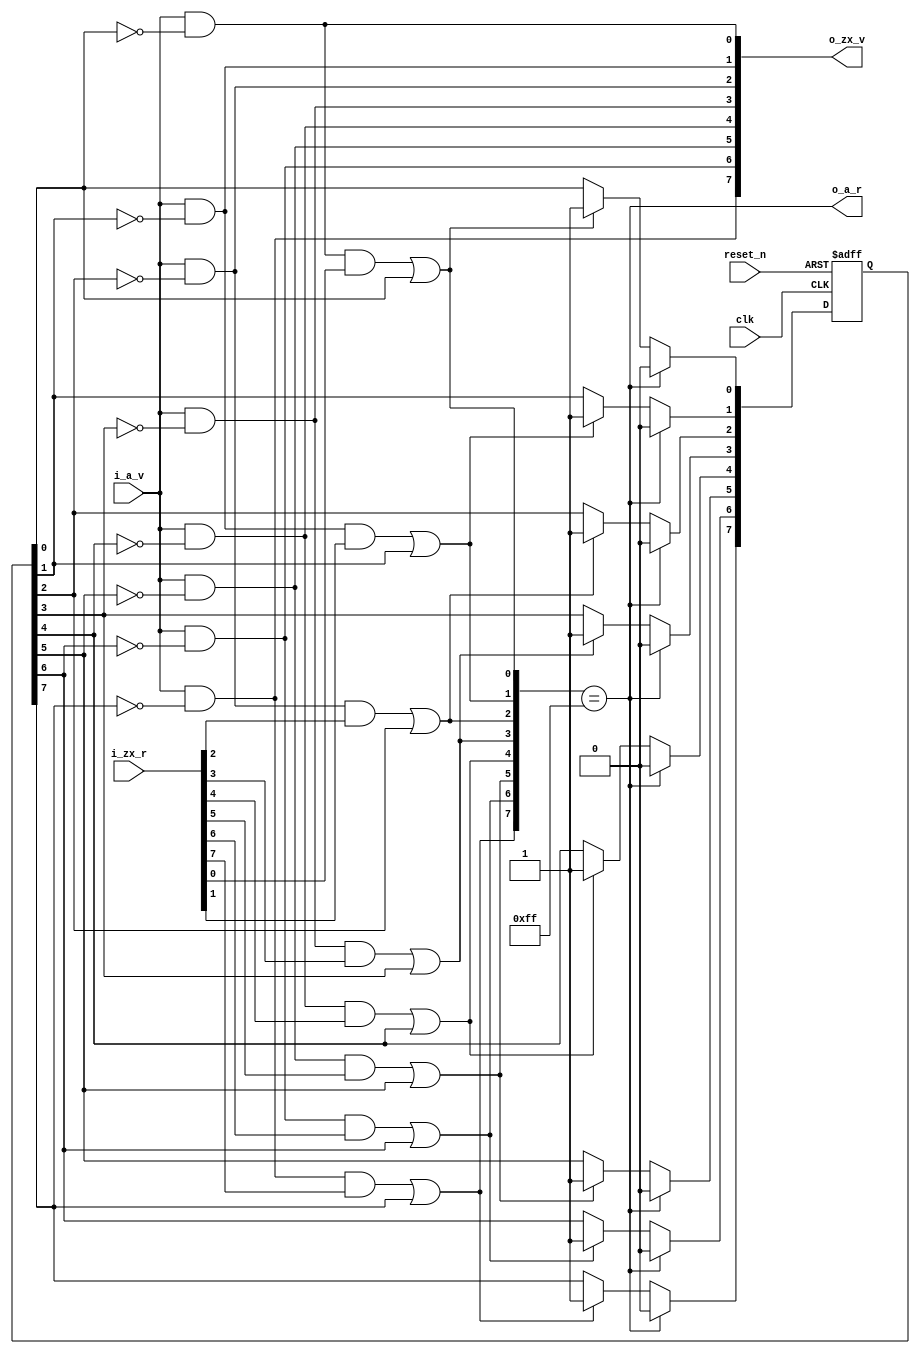
//------------------------------------------------------------------------------
//  http://github.com/gulakim/cory
//  
//------------------------------------------------------------------------------
`ifndef CORY_DIST
    `define CORY_DIST

//------------------------------------------------------------------------------
//  distribute vr only to N vr, no data
//------------------------------------------------------------------------------
module cory_dist #(
    parameter   R   = 8,
    parameter   N   = R
) (
    input           clk,

    input           i_a_v,
    output          o_a_r,

    output  [N-1:0] o_zx_v,
    input   [N-1:0] i_zx_r,

    input           reset_n
);

//------------------------------------------------------------------------------

reg     [N-1:0] op_done_zx_hold;
wire    [N-1:0] op_done_zx;
wire    op_done     = op_done_zx == {N{1'b1}};

genvar i;
generate
    for (i=0; i<N; i=i+1) begin : p_op_done
        assign  op_done_zx[i]   = (o_zx_v[i] & i_zx_r[i]) || op_done_zx_hold[i];
    end
endgenerate

//------------------------------------------------------------------------------
always @(posedge clk or negedge reset_n)
    if (!reset_n) begin : p_init
        integer i;
        for (i=0; i<N; i=i+1)
            op_done_zx_hold[i] <= 0;
    end
    else begin
        if (op_done) begin : p_clear
            integer i;
            for (i=0; i<N; i=i+1)
                op_done_zx_hold[i] <= 0;
        end
        else begin : p_flag
            integer i;
            for (i=0; i<N; i=i+1)
                if (op_done_zx[i])
                    op_done_zx_hold[i] <= 1;
        end
    end

//------------------------------------------------------------------------------
genvar j;
generate
    for (j=0; j<N; j=j+1) begin : p_z
        assign  o_zx_v[j]    = i_a_v & (!op_done_zx_hold[j]);
    end
endgenerate

assign  o_a_r   = op_done;

`ifdef SIM
//------------------------------------------------------------------------------
`ifdef  CORY_MON
    genvar k;
    generate
        for (k=0; k<N; k=k+1) begin : p_monitor
            cory_monitor #(1) u_monitor_z (
                .clk        (clk),
                .i_v        (o_zx_v[k]),
                .i_d        (1'b0),
                .i_r        (i_zx_r[k]),
                .reset_n    (reset_n)
            );
        end
    endgenerate
`endif                                          //  CORY_MON
`endif
endmodule

`endif